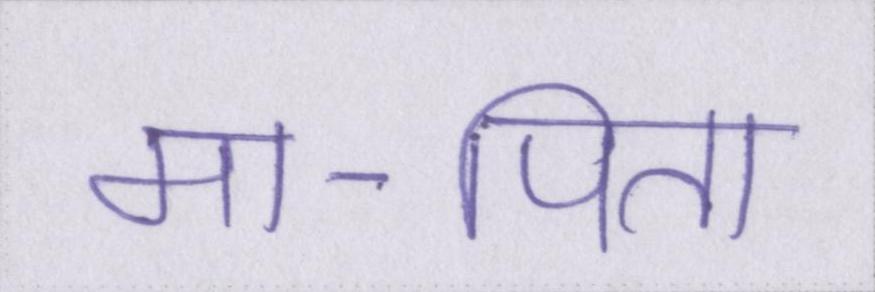
मा-पिता